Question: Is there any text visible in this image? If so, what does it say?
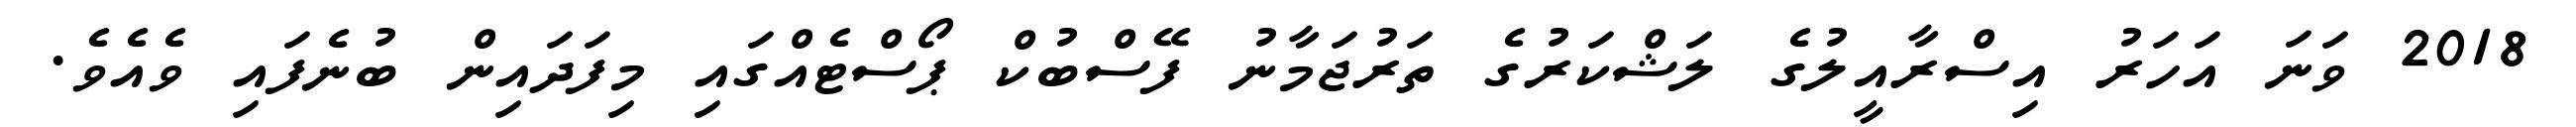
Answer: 2018 ވަނަ އަހަރު އިސްރާއީލުގެ ލަޝްކަރުގެ ތަރުޖަމާނު ފޭސްބުކް ޕޯސްޓެއްގައި މިފަދައިން ބުނެފައި ވެއެވެ.